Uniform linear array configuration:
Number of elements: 48
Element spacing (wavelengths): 0.25
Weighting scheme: cosine
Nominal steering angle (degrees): -45
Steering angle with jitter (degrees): -44.361
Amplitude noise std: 0.05
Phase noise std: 0.05

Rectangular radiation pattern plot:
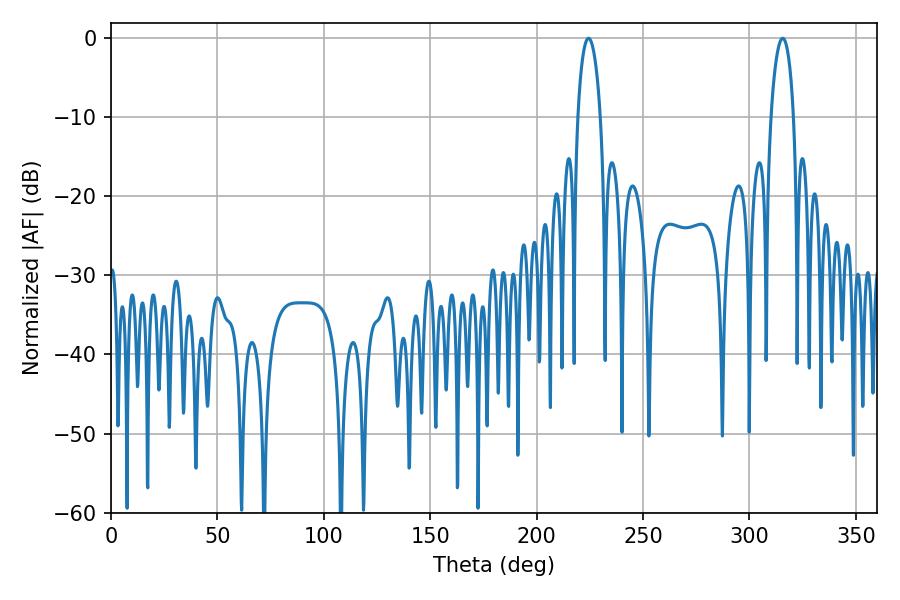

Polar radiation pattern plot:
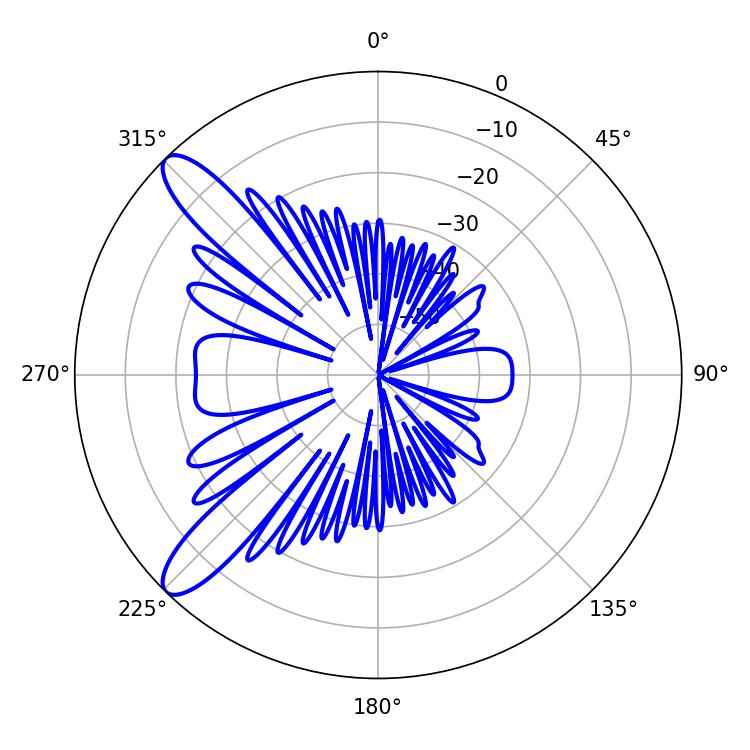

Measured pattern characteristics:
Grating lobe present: FALSE
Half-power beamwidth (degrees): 6.12
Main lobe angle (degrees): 224.46